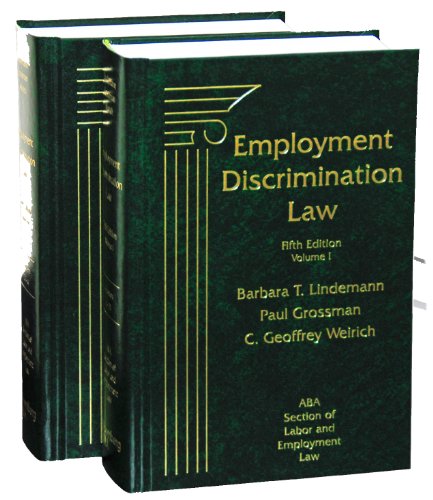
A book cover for Employment Discrimination Law, Fifth Edition (2-Volume Set); ABA Section of Labor and Employment Law; Law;